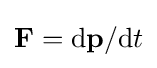
\mathbf {F} =\mathrm {d} \mathbf {p} /\mathrm {d} t